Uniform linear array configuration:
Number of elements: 64
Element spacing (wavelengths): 0.5
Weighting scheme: cosine
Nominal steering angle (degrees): -15
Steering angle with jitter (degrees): -13.455
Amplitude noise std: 0.05
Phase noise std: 0.05

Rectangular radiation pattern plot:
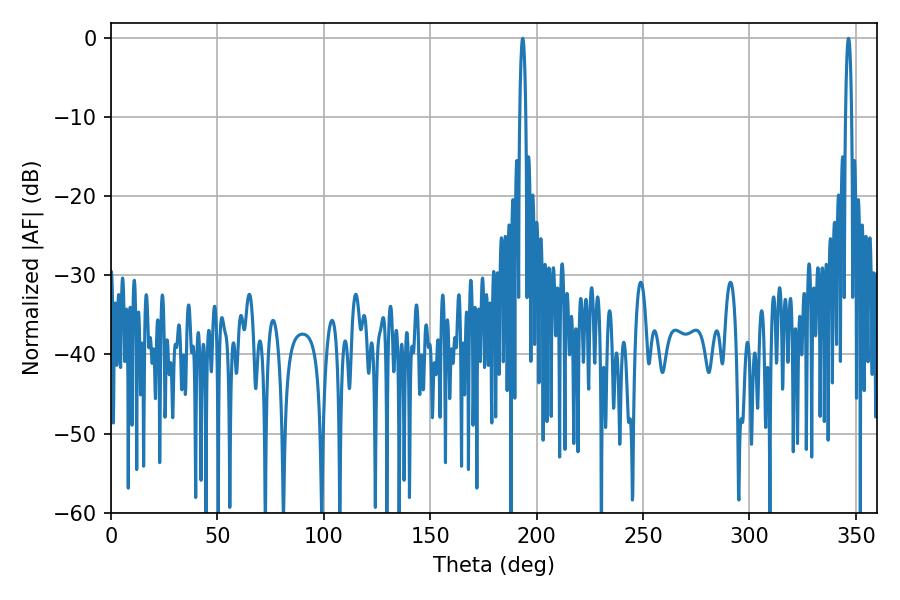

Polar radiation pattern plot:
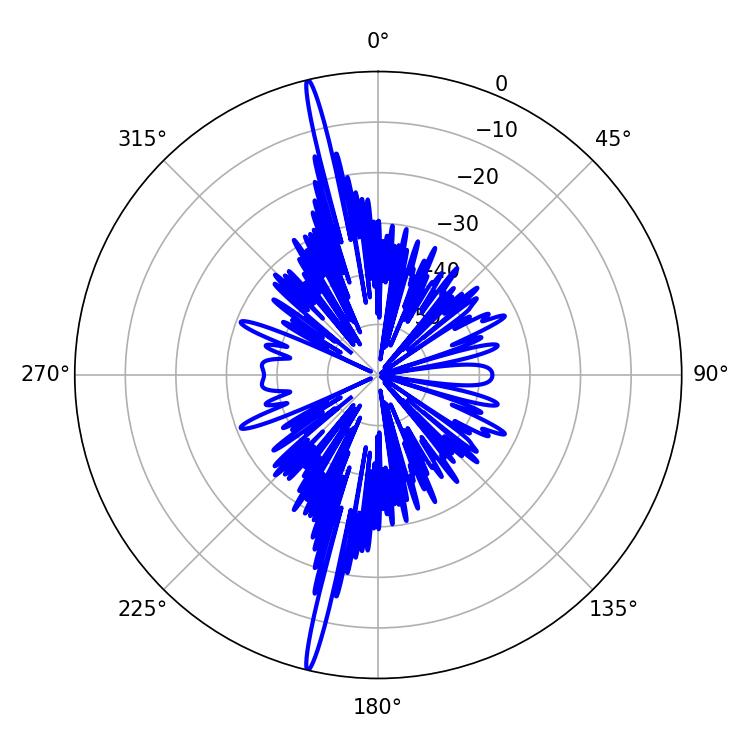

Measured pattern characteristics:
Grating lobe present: FALSE
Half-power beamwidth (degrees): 1.62
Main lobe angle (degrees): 346.5